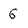
Character: 6